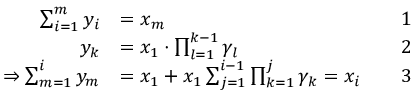
{ \begin{array} { r l r l } { \sum _ { i = 1 } ^ { m } y _ { i } } & { = x _ { m } } & & { 1 } \\ { y _ { k } } & { = x _ { 1 } \cdot \prod _ { l = 1 } ^ { k - 1 } \gamma _ { l } } & & { 2 } \\ { \Rightarrow \sum _ { m = 1 } ^ { i } y _ { m } } & { = x _ { 1 } + x _ { 1 } \sum _ { j = 1 } ^ { i - 1 } \prod _ { k = 1 } ^ { j } \gamma _ { k } = x _ { i } } & & { 3 } \end{array} }